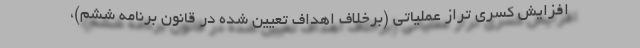
افزایش کسری تراز عملیاتی (برخلاف اهداف تعیین شده در قانون برنامه ششم)،